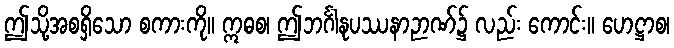
ဤသို့အစရှိသော စကားကို။ ဣဓစ၊ ဤဘင်္ဂါနုပဿနာဉာဏ်၌ လည်း ကောင်း။ ဟေဋ္ဌာစ၊